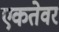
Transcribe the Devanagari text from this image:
एकतेवर